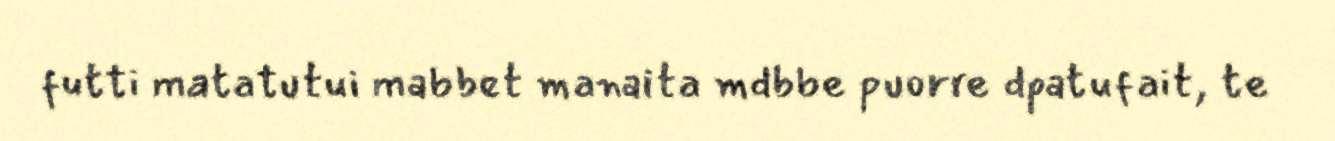
futti matatutui mabbet manaita mdbbe puorre dpatufait, te